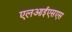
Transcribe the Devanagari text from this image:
एलआईएसएस